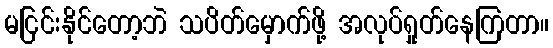
မငြင်းနိုင်တော့ဘဲ သပိတ်မှောက်ဖို့ အလုပ်ရှုတ်နေကြတာ။